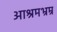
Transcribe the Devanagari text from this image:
आश्रमभ्रम्र